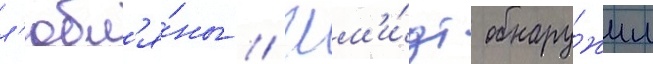
л'юбл'я́ны // Шм'и́дт обнару́жил